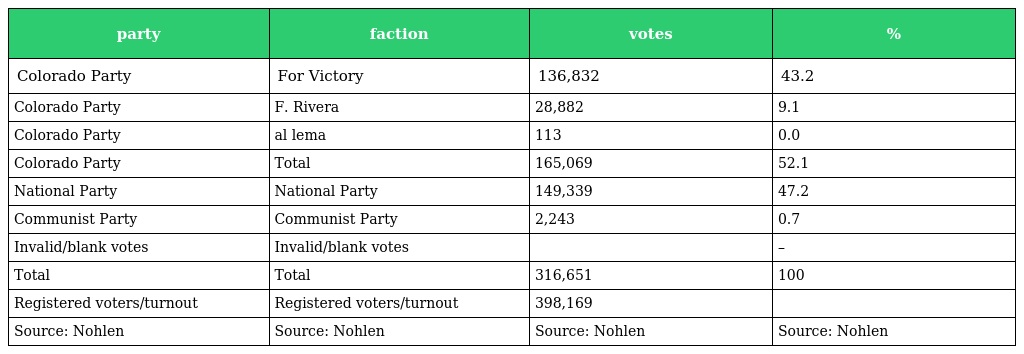
| party | faction | votes | % |
 | --- | --- | --- | --- |
 | Colorado Party | For Victory | 136,832 | 43.2 |
 | Colorado Party | F. Rivera | 28,882 | 9.1 |
 | Colorado Party | al lema | 113 | 0.0 |
 | Colorado Party | Total | 165,069 | 52.1 |
 | National Party | National Party | 149,339 | 47.2 |
 | Communist Party | Communist Party | 2,243 | 0.7 |
 | Invalid/blank votes | Invalid/blank votes |  | – |
 | Total | Total | 316,651 | 100 |
 | Registered voters/turnout | Registered voters/turnout | 398,169 |  |
 | Source: Nohlen | Source: Nohlen | Source: Nohlen | Source: Nohlen |